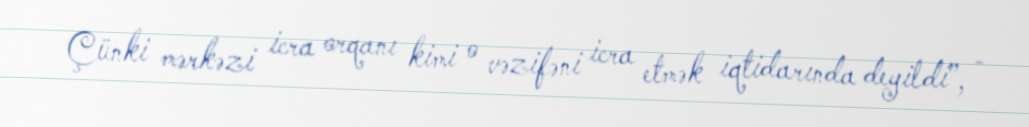
Çünki mərkəzi icra orqanı kimi o vəzifəni icra etmək iqtidarında deyildi”, -